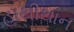
હાથીથાન